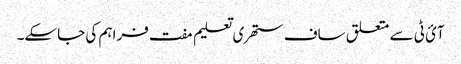
آئ ٹی سے متعلق ساف ستھری تعلیم مفت فراہم کی جاسکے۔